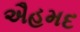
ઐહમદ